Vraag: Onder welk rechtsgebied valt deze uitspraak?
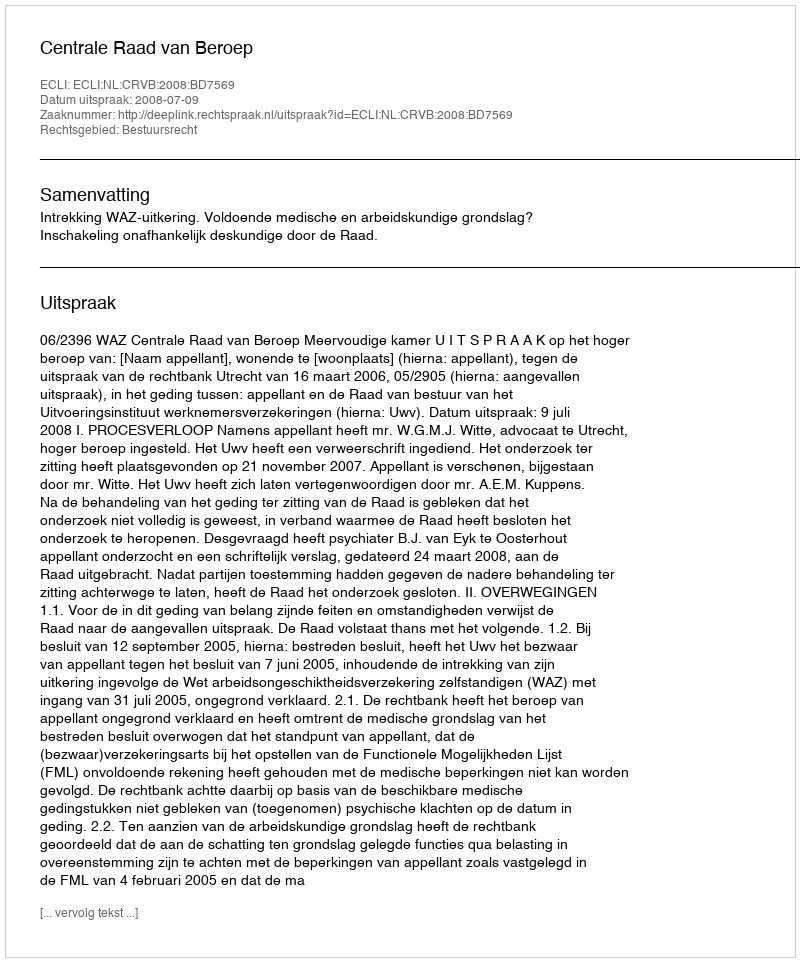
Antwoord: Bestuursrecht